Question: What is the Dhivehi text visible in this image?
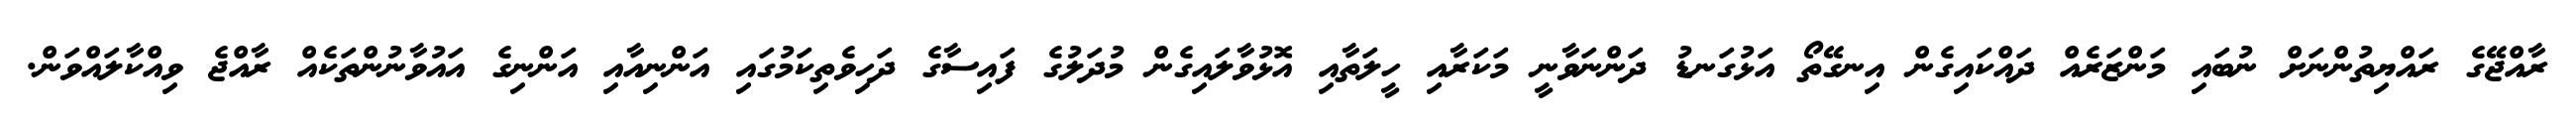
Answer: ރާއްޖޭގެ ރައްޔިތުންނަށް ނުބައި މަންޒަރެއް ދައްކައިގެން އިނގޭތޯ އަޅުގަނޑު ދަންނަވާނީ މަކަރާއި ހީލަތާއި އޮޅުވާލައިގެން މުދަލުގެ ފައިސާގެ ދަހިވެތިކަމުގައި އަންނިއާއި އަންނިގެ އައުވާނުންތަކެއް ރާއްޖެ ވިއްކާލައްވަން.